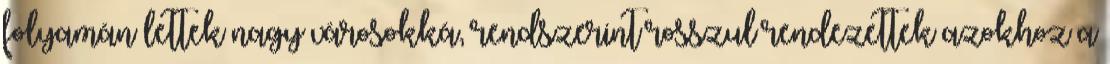
folyamán lettek nagy városokká, rendszerint rosszul rendezettek azokhoz a